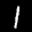
Label: 1